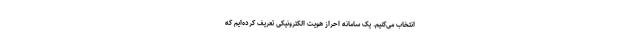
انتخاب می‌کنیم. یک سامانه احراز هویت الکترونیکی تعریف کرده‌ایم که